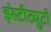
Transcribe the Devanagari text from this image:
इंस्टीट्युटो